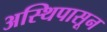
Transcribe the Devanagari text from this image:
अस्थिपासून